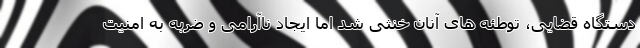
دستگاه قضایی، توطئه های آنان خنثی شد اما ایجاد ناآرامی و ضربه به امنیت